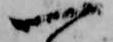
一